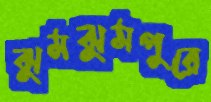
ঝুমঝুমপুরে